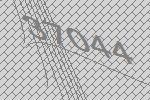
37044